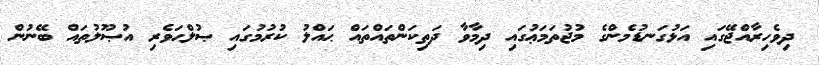
ދިވެހިރާއްޖޭގައި އަޅުގަނޑުމެންގެ މުޖުތަމަޢުގައި ދިމާވާ ދަތިކަންތައްތައް ޙައްލު ކުރުމުގައި ޞުލްޙަވެރި އުޞޫލުތައް ބޭނުން